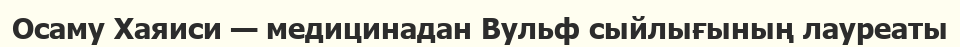
Осаму Хаяиси — медицинадан Вульф сыйлығының лауреаты